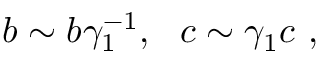
b \sim b \gamma _ { 1 } ^ { - 1 } , ~ ~ c \sim \gamma _ { 1 } c \ ,